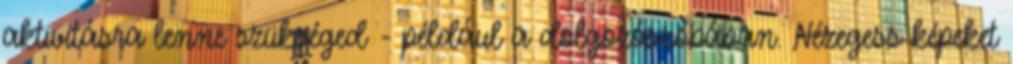
aktivitásra lenne szükséged - például a dolgozószobában. Nézegess képeket